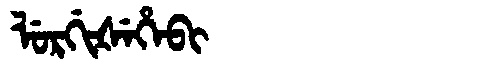
Manchu: ᠯᡠᡵᡤᡳᡧᡝᡥᡝᠪᡳ
Romanization: LURGIŠEHEBI